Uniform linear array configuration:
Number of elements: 12
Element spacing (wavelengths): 0.25
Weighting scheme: uniform
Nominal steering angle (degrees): -60
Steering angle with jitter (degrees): -61.031
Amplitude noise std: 0.05
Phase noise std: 0.05

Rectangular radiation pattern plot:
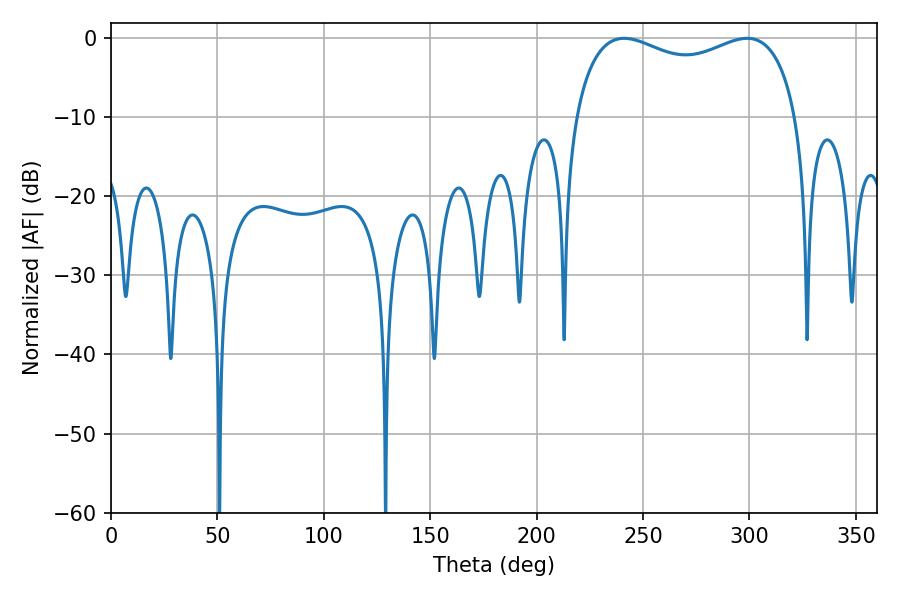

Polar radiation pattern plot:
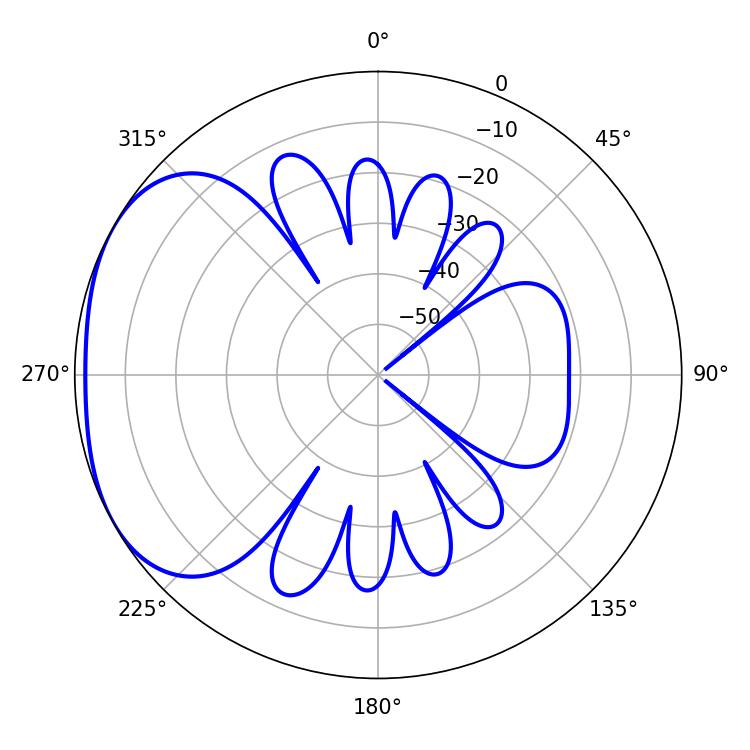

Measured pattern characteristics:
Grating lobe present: FALSE
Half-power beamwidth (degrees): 86.4
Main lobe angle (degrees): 241.02